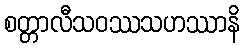
စတ္တာလီသဝဿသဟဿာနိ